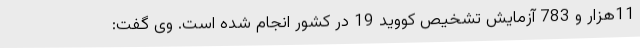
11هزار و 783 آزمایش تشخیص کووید 19 در کشور انجام شده است. وی گفت: